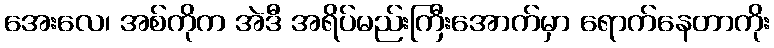
အေးလေ၊ အစ်ကိုက အဲဒီ အရိပ်မည်းကြီးအောက်မှာ ရောက်နေတာကိုး